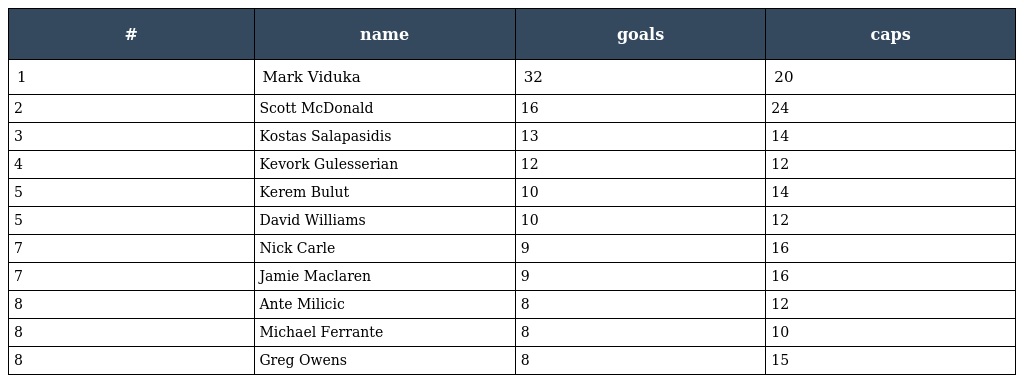
| # | name | goals | caps |
 | --- | --- | --- | --- |
 | 1 | Mark Viduka | 32 | 20 |
 | 2 | Scott McDonald | 16 | 24 |
 | 3 | Kostas Salapasidis | 13 | 14 |
 | 4 | Kevork Gulesserian | 12 | 12 |
 | 5 | Kerem Bulut | 10 | 14 |
 | 5 | David Williams | 10 | 12 |
 | 7 | Nick Carle | 9 | 16 |
 | 7 | Jamie Maclaren | 9 | 16 |
 | 8 | Ante Milicic | 8 | 12 |
 | 8 | Michael Ferrante | 8 | 10 |
 | 8 | Greg Owens | 8 | 15 |